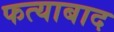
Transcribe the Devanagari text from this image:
फत्याबाद